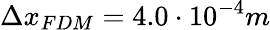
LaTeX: \Delta x_{FDM}=4.0\cdot 10^{-4}m